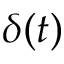
\delta ( t )